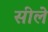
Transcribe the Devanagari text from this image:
सीले